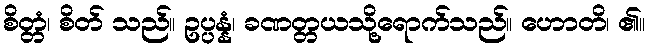
စိတ္တံ၊ စိတ် သည်။ ဥပ္ပန္နံ၊ ခဏတ္တယသို့ရောက်သည်။ ဟောတိ၊ ၏။